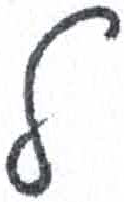
אות: ל